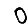
Digit: 0